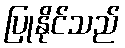
ပြုနိုင်သည်